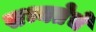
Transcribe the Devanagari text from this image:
सभ्यतेचे